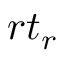
{ r t } _ { r }